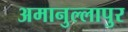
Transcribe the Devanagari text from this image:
अमानुल्लापुर